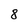
Character: 8